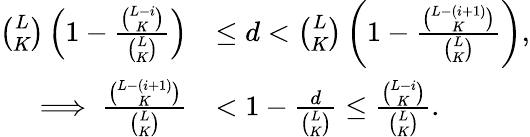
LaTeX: \begin{array}{rl}{\binom{L}{K}\left(1-\frac{\binom{L-i}{K}}{\binom{L}{K}}\right)}&{\leq d<\binom{L}{K}\left(1-\frac{\binom{L-(i+1)}{K}}{\binom{L}{K}}\right),}\\ {\implies\frac{\binom{L-(i+1)}{K}}{\binom{L}{K}}}&{<1-\frac{d}{\binom{L}{K}}\leq\frac{\binom{L-i}{K}}{\binom{L}{K}}.}\end{array}